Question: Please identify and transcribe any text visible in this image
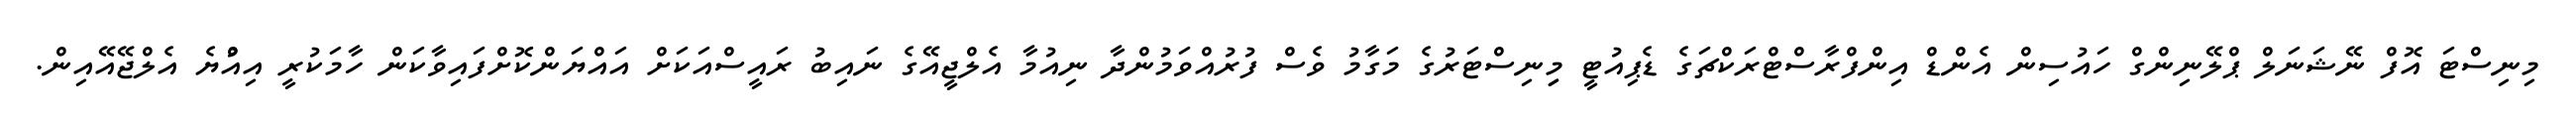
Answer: މިނިސްޓަ އޮފް ނޭޝަނަލް ޕްލޭނިންގް ހައުސިން އެންޑް އިންފްރާސްޓްރަކްޗަގެ ޑެޕިއުޓީ މިިނިސްޓަރުގެ މަގާމު ވެސް ފުރުއްވަމުންދާ ނިއުމާ އެލްޖީއޭގެ ނައިބު ރައީސްއަކަށް އައްޔަންކޮށްފައިވާކަން ހާމަކުރީ އިއްުޔެ އެލްޖޭއޭއިން.